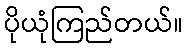
ပိုယုံကြည်တယ်။